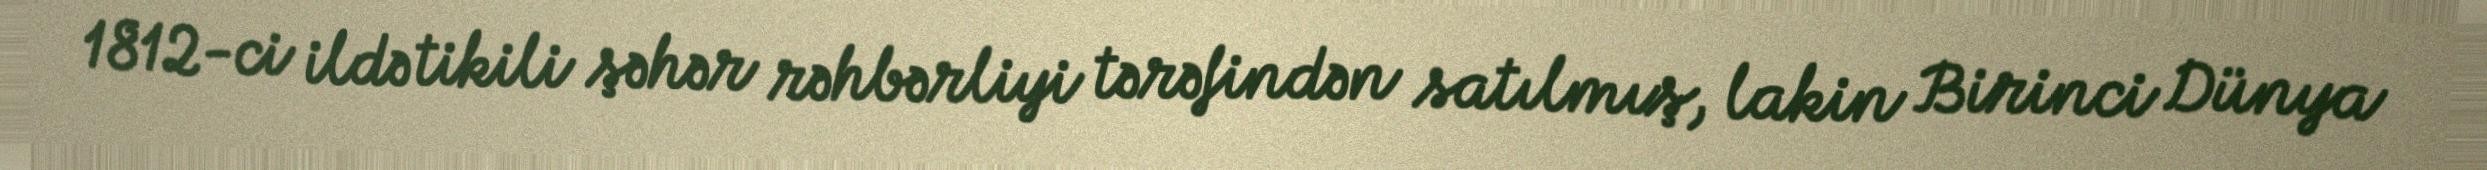
1812-ci ildə tikili şəhər rəhbərliyi tərəfindən satılmış, lakin Birinci Dünya